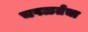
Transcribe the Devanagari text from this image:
चपळतेचा